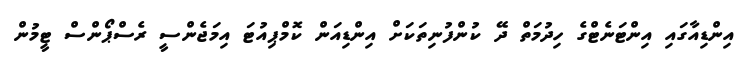
އިންޑިއާގައި އިންޓަނެޓްގެ ހިދުމަތް ދޭ ކުންފުނިތަކަށް އިންޑިއަން ކޮމްޕިއުޓަ އިމަޖެންސީ ރެސްޕޯންސް ޓީމުން